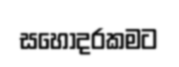
සහෝදරකමට